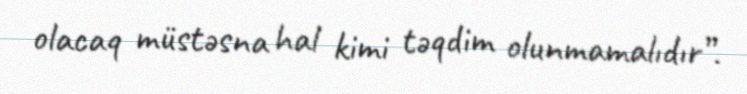
olacaq müstəsna hal kimi təqdim olunmamalıdır”.